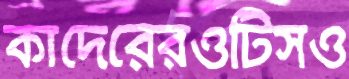
কাদেরেরওটিসও